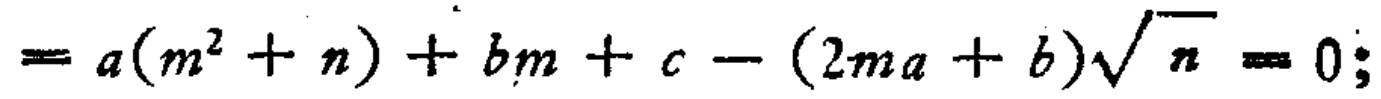
\(= a(m^{2}+n)+bm + c-(2ma + b)\sqrt{n}=0;\)